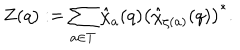
LaTeX: Z ( q ) : = \sum _ { a \in T } \hat { \chi } _ { a } ( q ) \left( \hat { \chi } _ { \zeta ( a ) } ( q ) \right) ^ { * } .